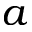
a